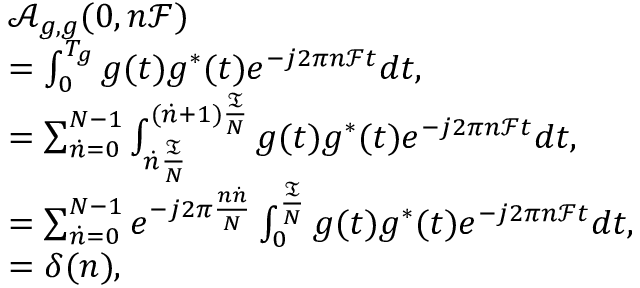
\begin{array} { r l } & { \mathcal A _ { g , g } ( 0 , n \mathcal F ) } \\ & { = \int _ { 0 } ^ { T _ { g } } g ( t ) g ^ { * } ( t ) e ^ { - j 2 \pi n \mathcal F t } d t , } \\ & { = \sum _ { \dot { n } = 0 } ^ { N - 1 } \int _ { \dot { n } \frac { \mathfrak T } { N } } ^ { ( \dot { n } + 1 ) \frac { \mathfrak T } { N } } g ( t ) g ^ { * } ( t ) e ^ { - j 2 \pi n \mathcal F t } d t , } \\ & { = \sum _ { \dot { n } = 0 } ^ { N - 1 } e ^ { - j 2 \pi \frac { n \dot { n } } { N } } \int _ { 0 } ^ { \frac { \mathfrak T } { N } } g ( t ) g ^ { * } ( t ) e ^ { - j 2 \pi n \mathcal F t } d t , } \\ & { = \delta ( n ) , } \end{array}